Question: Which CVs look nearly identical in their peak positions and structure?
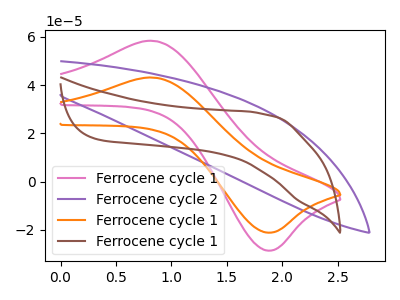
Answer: <think>The pink curve "Ferrocene cycle 1" has an anodic peak at (0.85V, 58.35uA) and a cathodic peak at (1.85V, -28.55uA). The purple curve "Ferrocene cycle 2" has no peaks. The orange curve "Ferrocene cycle 1" has an anodic peak at (0.85V, 43.10uA) and a cathodic peak at (1.85V, -21.10uA). The brown curve "Ferrocene cycle 1" has no peaks.
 "Ferrocene cycle 1" and "Ferrocene cycle 2" have a different number of peaks. All the peaks in "Ferrocene cycle 1" have a peak in "Ferrocene cycle 1" at the same potential. Every peak in "Ferrocene cycle 1" is higher than every peak in "Ferrocene cycle 1". "Ferrocene cycle 1" and "Ferrocene cycle 1" have a different number of peaks. "Ferrocene cycle 2" and "Ferrocene cycle 1" have a different number of peaks. Neither "Ferrocene cycle 2" or "Ferrocene cycle 1" have any peaks. "Ferrocene cycle 1" and "Ferrocene cycle 1" have a different number of peaks.</think>
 <answer>"Ferrocene cycle 1" and "Ferrocene cycle 1" have the same shape and are likely CV's of the same chemical.</answer>
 <eval>"Ferrocene cycle 1" "Ferrocene cycle 1"</eval>